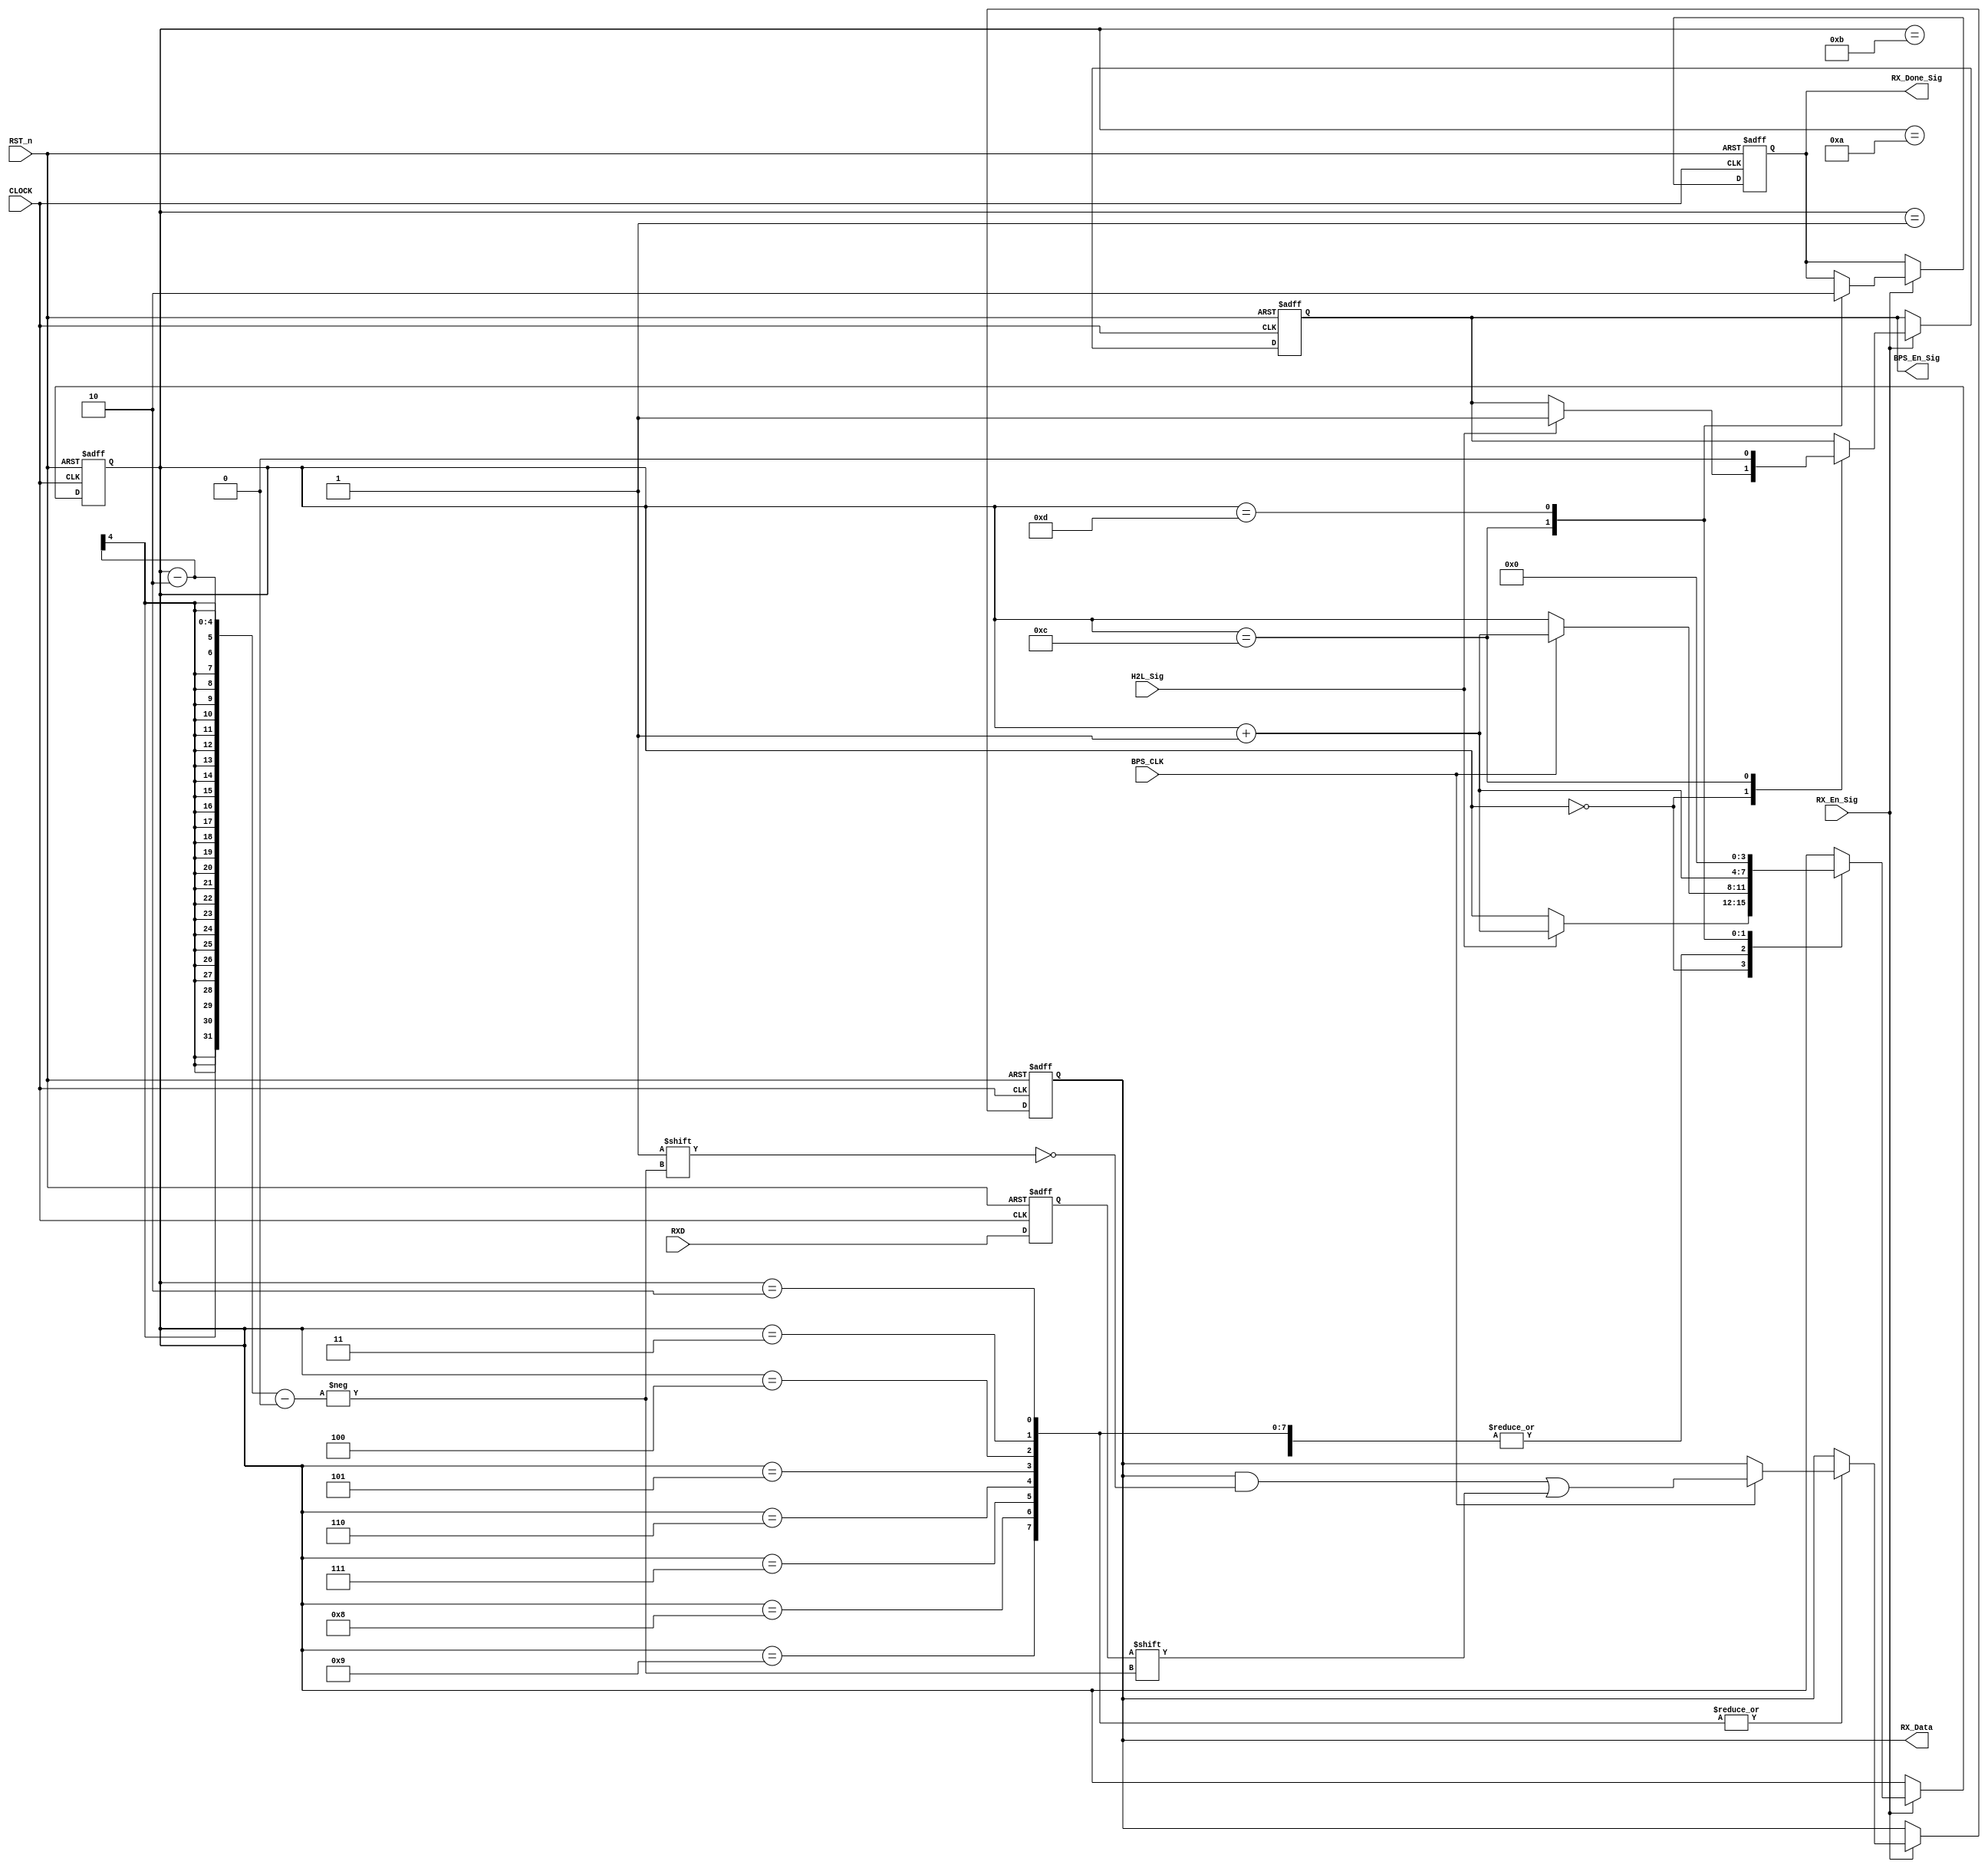
//****************************************************************************//
//# @Author: 
//# @Date:   2019-05-12 16:32:52
//# @Last Modified by:   zlk
//# @WeChat Official Account: OpenFPGA
//# @Last Modified time: 2019-08-04 17:18:38
//# Description: 
//# @Modification History: 2019-05-12 20:00:32
//# Date			    By			   Version			   Change Description: 
//# ========================================================================= #
//# 2019-05-12 20:00:32
//# ========================================================================= #
//# |                                          								| #
//# |                                OpenFPGA     							| #
//****************************************************************************//
module rx_control_module
(
    CLOCK, RST_n,
	 H2L_Sig, 
	 RXD, 
	 BPS_CLK, 
	 RX_En_Sig,
    BPS_En_Sig, 
	 RX_Data, 
	 RX_Done_Sig
	 
);

    input CLOCK;
	input RST_n;
	 
	input H2L_Sig;
	input RX_En_Sig;
	input RXD;
	input BPS_CLK;
	 
	output BPS_En_Sig;
	output [7:0]RX_Data;
	output RX_Done_Sig;
	 
	 
	 /********************************************************/
    //sync the rxd data: rxd_sync
    reg	rxd_sync;				
    always@(posedge CLOCK or negedge RST_n)
    begin
	if(!RST_n)
		rxd_sync <= 1;
	else
		rxd_sync <= RXD;
    end


	 /********************************************************/

	 reg [3:0]i;
	 reg [7:0]rData;
	 reg isCount;
	 reg isDone;
	
	 always @ ( posedge CLOCK or negedge RST_n )
	     if( !RST_n )
		      begin 
		          i <= 4'd0;
					 rData <= 8'd0;
					 isCount <= 1'b0;
					 isDone <= 1'b0;	 
				end
		  else if( RX_En_Sig )
		      case ( i )
				
			       4'd0 :
					 if( H2L_Sig ) begin i <= i + 1'b1; isCount <= 1'b1; end
					 
					 4'd1 : 
					 if( BPS_CLK ) begin i <= i + 1'b1; end
					 
					 4'd2, 4'd3, 4'd4, 4'd5, 4'd6, 4'd7, 4'd8, 4'd9 :
					 if( BPS_CLK ) begin i <= i + 1'b1; rData[ i - 2 ] <= rxd_sync; end
					 
					 4'd10 :
					 if( BPS_CLK ) begin i <= i + 1'b1; end
					 
					 4'd11 :
					 if( BPS_CLK ) begin i <= i + 1'b1; end
					 
					 4'd12 :
					 begin i <= i + 1'b1; isDone <= 1'b1; isCount <= 1'b0; end
					 
					 4'd13 :
					 begin i <= 4'd0; isDone <= 1'b0; end
				 
				endcase
				
    /********************************************************/
	 
	 assign BPS_En_Sig = isCount;
	 assign RX_Data = rData;
	 assign RX_Done_Sig = isDone;
	 
	 
	 /*********************************************************/
	 
endmodule